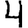
Digit: 4